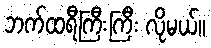
ဘက်ထရီကြီးကြီး လိုမယ်။